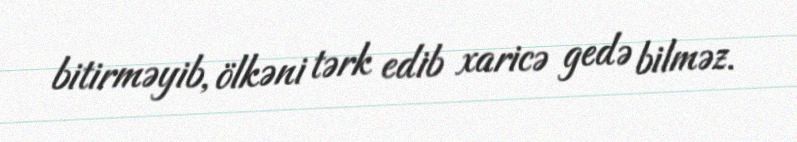
bitirməyib, ölkəni tərk edib xaricə gedə bilməz.